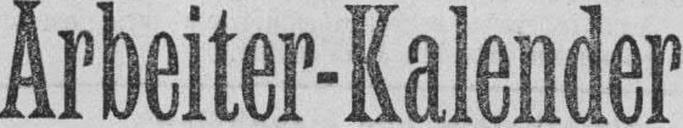
Arbeiter-Kalender